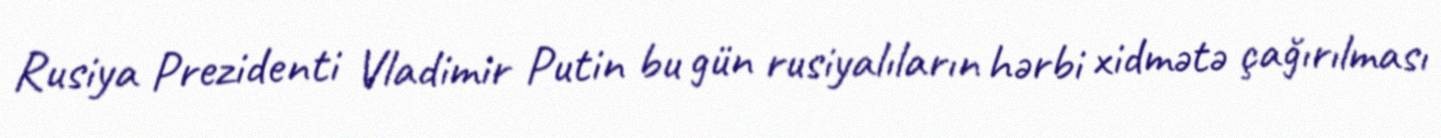
Rusiya Prezidenti Vladimir Putin bu gün rusiyalıların hərbi xidmətə çağırılması